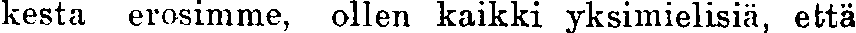
kesta erosimme, ollen kaikki yksimielisiä, että